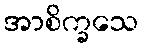
အာစိက္ခသေ